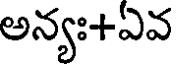
అన్యః+ఏవ